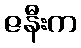
ဇနီးက